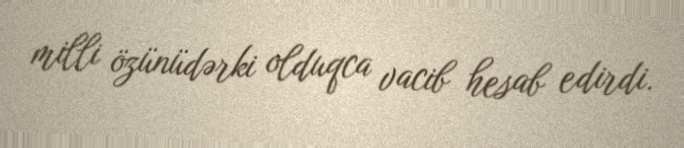
milli özünüdərki olduqca vacib hesab edirdi.